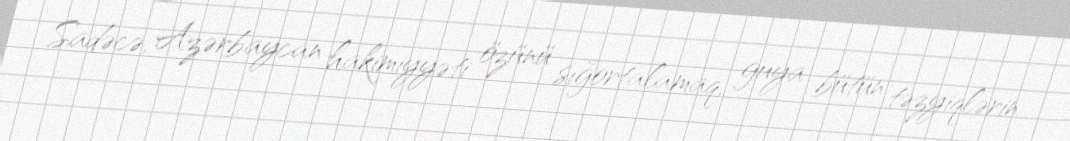
Sadəcə, Azərbaycan hakimiyyəti özünü sığortalamaq, guya bütün təzyiqlərin